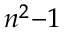
\, n ^ { 2 } { - } 1